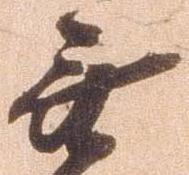
無